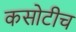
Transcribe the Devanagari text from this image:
कसोटीच